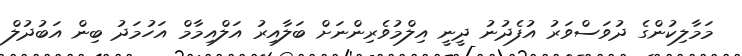
މަމާލިކުންގެ ދުވަސްވަރު އުފެދުނު ދީނީ އިލްމުވެރިންނަށް ބަލާއިރު އަލްއިމާމް އަހުމަދު ބިން އަބުދުލް